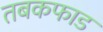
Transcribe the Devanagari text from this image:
तबकफाड